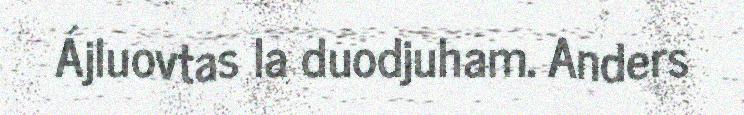
Ájluovtas la duodjuham. Anders